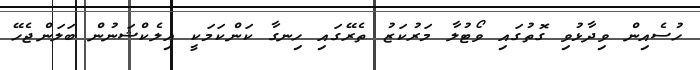
ހުސެއިން ވިދާޅުވި ގޮތުގައި ވޯޓުލާ މަރުކަޒު ތެރޭގައި ހިނގާ ކަންކަމަކީ އިލެކްޝަނުން ބަލަންޖެހޭ